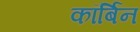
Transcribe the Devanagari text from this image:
कॉर्बिन